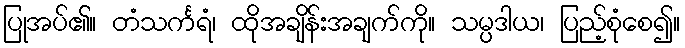
ပြုအပ်၏။ တံသင်္ကရံ၊ ထိုအချိန်းအချက်ကို။ သမ္ပဒါယ၊ ပြည့်စုံစေ၍။